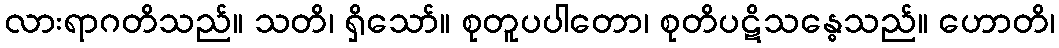
လားရာဂတိသည်။ သတိ၊ ရှိသော်။ စုတူပပါတော၊ စုတိပဋိသန္ဓေသည်။ ဟောတိ၊